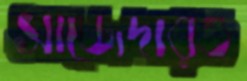
সাজেদারও